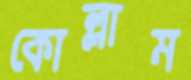
কোল্লাম